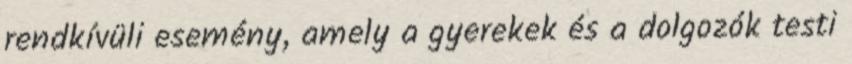
rendkívüli esemény, amely a gyerekek és a dolgozók testi